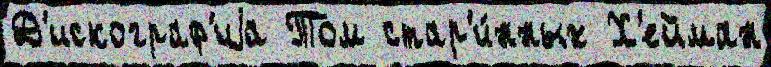
Д'искограф'иjа Том стар'и́нных Х'ейман